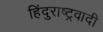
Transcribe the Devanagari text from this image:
हिंदुराष्ट्रवादी